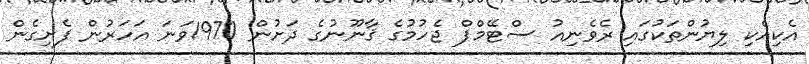
އެކިއެކި ލިޔުންތަކުގައި ރެވެނިއު ސްޓޭމްޕް ޖެހުމުގެ ޤާނޫނުގެ ދަށުން 1970ވަނަ އަހަރުން ފެށިގެން